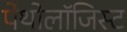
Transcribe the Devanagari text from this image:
पेथोलॉजिस्ट